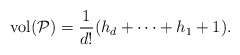
\begin{align*} \mathrm{vol}(\mathcal{P}) = \dfrac{1}{d!} (h_d + \dots + h_1 + 1).\end{align*}